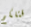
قتلكم